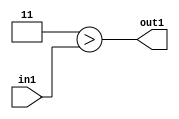
`timescale 1ps / 1ps
/*****************************************************************************
    Verilog RTL Description
    
    
    Created by: Stratus DpOpt 2019.1.01 
*******************************************************************************/

module ImageGradient_Lti3u2_1 (
	in1,
	out1
	); /* architecture "behavioural" */ 
input [1:0] in1;
output  out1;
wire  asc001;

assign asc001 = (7'B0000011>in1);

assign out1 = asc001;
endmodule

/* CADENCE  urbzSQ0= : u9/ySgnWtBlWxVPRXgAZ4Og= ** DO NOT EDIT THIS LINE ******/